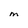
Character: M